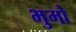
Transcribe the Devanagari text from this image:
भुमो